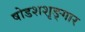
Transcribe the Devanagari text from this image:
षोडशशृङ्गार